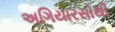
અગિયારસોથી